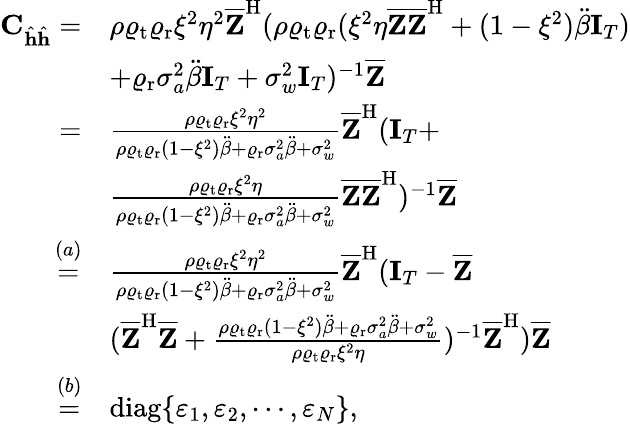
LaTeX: \begin{array}{rl}{\mathbf{C}_{\hat{\mathbf{h}}\hat{\mathbf{h}}}=}&{\rho\varrho_{\mathrm{t}}\varrho_{\mathrm{r}}\xi^{2}\eta^{2}\overline{{\mathbf{Z}}}^{\mathrm{H}}(\rho\varrho_{\mathrm{t}}\varrho_{\mathrm{r}}(\xi^{2}\eta\overline{{\mathbf{Z}}}\overline{{\mathbf{Z}}}^{\mathrm{H}}+(1-\xi^{2})\ddot{\beta}\mathbf{I}_{T})}\\ &{+\varrho_{\mathrm{r}}\sigma_{a}^{2}\ddot{\beta}\mathbf{I}_{T}+\sigma_{w}^{2}\mathbf{I}_{T})^{-1}\overline{{\mathbf{Z}}}}\\ {=}&{\frac{\rho\varrho_{\mathrm{t}}\varrho_{\mathrm{r}}\xi^{2}\eta^{2}}{\rho\varrho_{\mathrm{t}}\varrho_{\mathrm{r}}(1-\xi^{2})\ddot{\beta}+\varrho_{\mathrm{r}}\sigma_{a}^{2}\ddot{\beta}+\sigma_{w}^{2}}\overline{{\mathbf{Z}}}^{\mathrm{H}}(\mathbf{I}_{T}+}\\ &{\frac{\rho\varrho_{\mathrm{t}}\varrho_{\mathrm{r}}\xi^{2}\eta}{\rho\varrho_{\mathrm{t}}\varrho_{\mathrm{r}}(1-\xi^{2})\ddot{\beta}+\varrho_{\mathrm{r}}\sigma_{a}^{2}\ddot{\beta}+\sigma_{w}^{2}}\overline{{\mathbf{Z}}}\overline{{\mathbf{Z}}}^{\mathrm{H}})^{-1}\overline{{\mathbf{Z}}}}\\ {\overset{(a)}{=}}&{\frac{\rho\varrho_{\mathrm{t}}\varrho_{\mathrm{r}}\xi^{2}\eta^{2}}{\rho\varrho_{\mathrm{t}}\varrho_{\mathrm{r}}(1-\xi^{2})\ddot{\beta}+\varrho_{\mathrm{r}}\sigma_{a}^{2}\ddot{\beta}+\sigma_{w}^{2}}\overline{{\mathbf{Z}}}^{\mathrm{H}}(\mathbf{I}_{T}-\overline{{\mathbf{Z}}}}\\ &{(\overline{{\mathbf{Z}}}^{\mathrm{H}}\overline{{\mathbf{Z}}}+\frac{\rho\varrho_{\mathrm{t}}\varrho_{\mathrm{r}}(1-\xi^{2})\ddot{\beta}+\varrho_{\mathrm{r}}\sigma_{a}^{2}\ddot{\beta}+\sigma_{w}^{2}}{\rho\varrho_{\mathrm{t}}\varrho_{\mathrm{r}}\xi^{2}\eta})^{-1}\overline{{\mathbf{Z}}}^{\mathrm{H}})\overline{{\mathbf{Z}}}}\\ {\overset{(b)}{=}}&{\mathrm{diag}\{ \varepsilon_{1},\varepsilon_{2},\cdots,\varepsilon_{N}\} ,}\end{array}